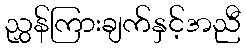
ညွှန်ကြားချက်နှင့်အညီ